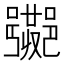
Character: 𲆡